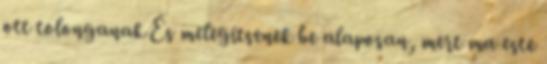
ott tolonganak És melegítsenek be alaposan, mert ma este